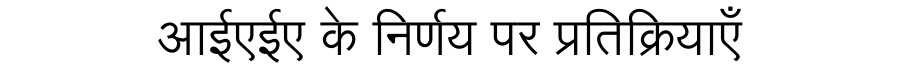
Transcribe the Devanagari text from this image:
आईएईए के निर्णय पर प्रतिक्रियाएँ